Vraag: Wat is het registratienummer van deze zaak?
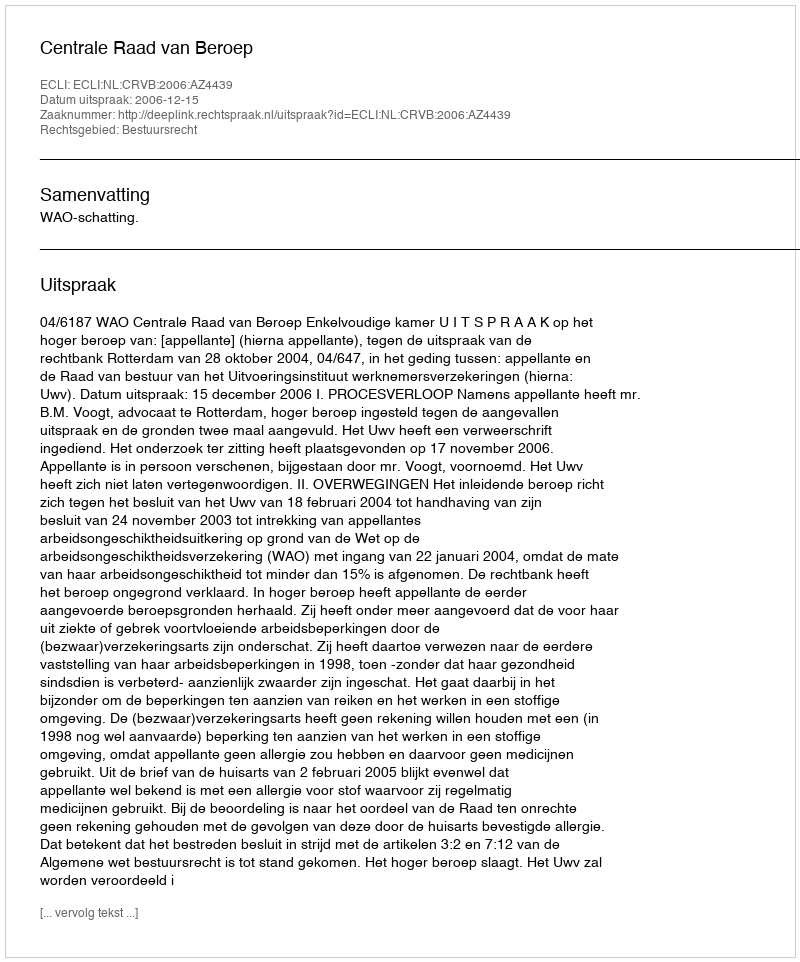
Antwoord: http://deeplink.rechtspraak.nl/uitspraak?id=ECLI:NL:CRVB:2006:AZ4439